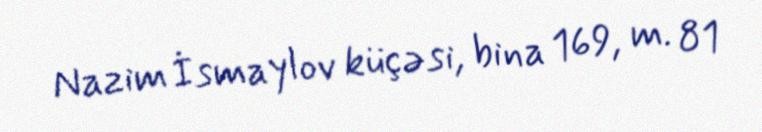
Nazim İsmaylov küçəsi, bina 169, m. 81